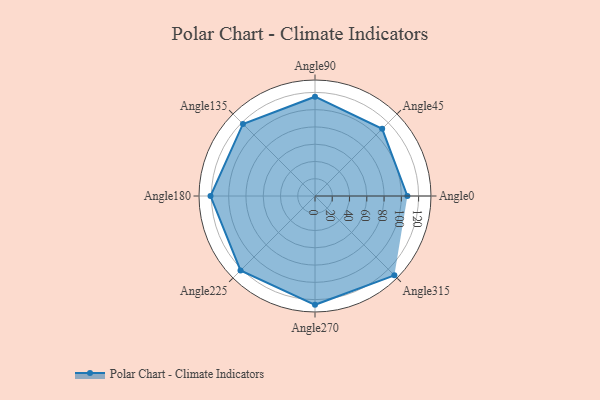
{"axis": {"x": "Angle", "y": "Radius"}, "legend": [""], "data": [{"x": "Angle0", "y": 107.0, "type": ""}, {"x": "Angle45", "y": 110.0, "type": ""}, {"x": "Angle90", "y": 115.0, "type": ""}, {"x": "Angle135", "y": 118.0, "type": ""}, {"x": "Angle180", "y": 121.0, "type": ""}, {"x": "Angle225", "y": 122.0, "type": ""}, {"x": "Angle270", "y": 126.0, "type": ""}, {"x": "Angle315", "y": 130.0, "type": ""}]}